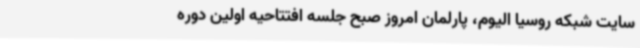
سایت شبکه روسیا الیوم، پارلمان امروز صبح جلسه افتتاحیه‌ اولین دوره